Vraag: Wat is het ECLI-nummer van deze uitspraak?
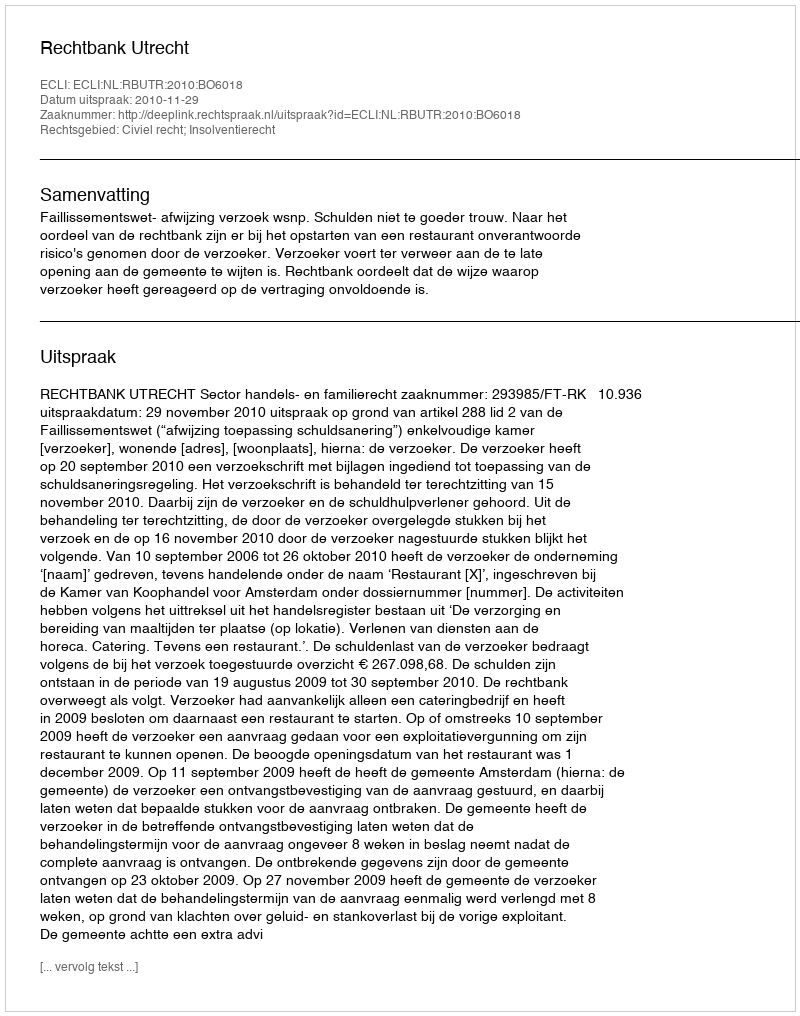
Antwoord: ECLI:NL:RBUTR:2010:BO6018